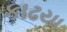
કાઢયા